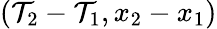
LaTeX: (\mathcal{T}_{2}-\mathcal{T}_{1},x_{2}-x_{1})